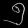
Digit: ၅